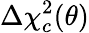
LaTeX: \Delta\chi_{c}^{2}(\theta)